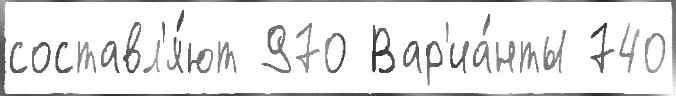
составл'я́ют 970 Вар'иа́нты 740